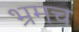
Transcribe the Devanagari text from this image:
भ्रमच